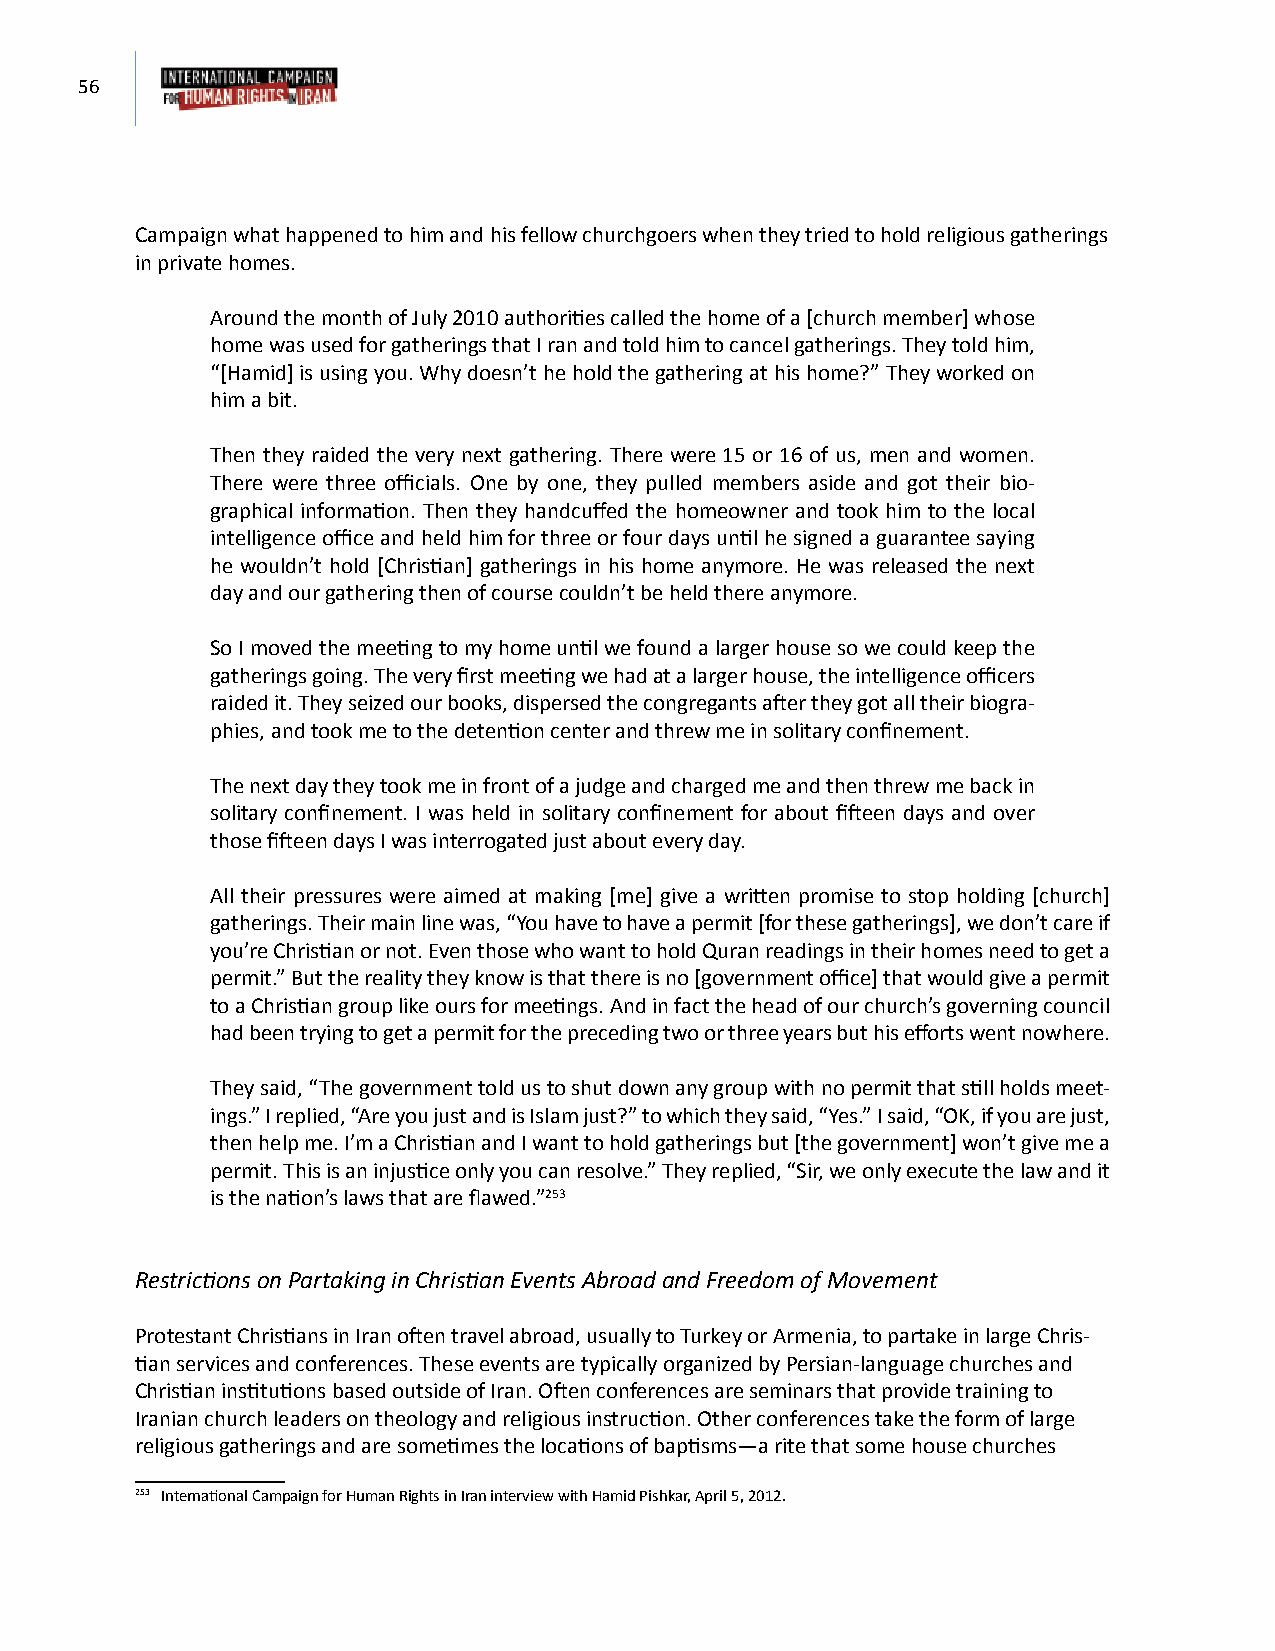
56
 Campaign what happened to him and his fellow churchgoers when they tried to hold religious gatherings
 in private homes.
 Around the month of July 2010 authorities called the home of a [church member] whose
 home was used for gatherings that I ran and told him to cancel gatherings. They told him,
 “[Hamid] is using you. Why doesn’t he hold the gathering at his home?” They worked on
 him a bit.
 Then they raided the very next gathering. There were 15 or 16 of us, men and women.
 There were three officials. One by one, they pulled members aside and got their bio-
 graphical information. Then they handcuffed the homeowner and took him to the local
 intelligence office and held him for three or four days until he signed a guarantee saying
 he wouldn’t hold [Christian] gatherings in his home anymore. He was released the next
 day and our gathering then of course couldn’t be held there anymore.
 So I moved the meeting to my home until we found a larger house so we could keep the
 gatherings going. The very first meeting we had at a larger house, the intelligence officers
 raided it. They seized our books, dispersed the congregants after they got all their biogra-
 phies, and took me to the detention center and threw me in solitary confinement.
 The next day they took me in front of a judge and charged me and then threw me back in
 solitary confinement. I was held in solitary confinement for about fifteen days and over
 those fifteen days I was interrogated just about every day.
 All their pressures were aimed at making [me] give a written promise to stop holding [church]
 gatherings. Their main line was, “You have to have a permit [for these gatherings], we don’t care if
 you’re Christian or not. Even those who want to hold Quran readings in their homes need to get a
 permit.” But the reality they know is that there is no [government office] that would give a permit
 to a Christian group like ours for meetings. And in fact the head of our church’s governing council
 had been trying to get a permit for the preceding two or three years but his efforts went nowhere.
 They said, “The government told us to shut down any group with no permit that still holds meet-
 ings.” I replied, “Are you just and is Islam just?” to which they said, “Yes.” I said, “OK, if you are just,
 then help me. I’m a Christian and I want to hold gatherings but [the government] won’t give me a
 permit. This is an injustice only you can resolve.” They replied, “Sir, we only execute the law and it
 is the nation’s laws that are flawed.”253
 Restrictions on Partaking in Christian Events Abroad and Freedom of Movement
 Protestant Christians in Iran often travel abroad, usually to Turkey or Armenia, to partake in large Chris-
 tian services and conferences. These events are typically organized by Persian-language churches and
 Christian institutions based outside of Iran. Often conferences are seminars that provide training to
 Iranian church leaders on theology and religious instruction. Other conferences take the form of large
 religious gatherings and are sometimes the locations of baptisms—a rite that some house churches
 253 International Campaign for Human Rights in Iran interview with Hamid Pishkar, April 5, 2012.